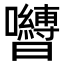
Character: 𭌺